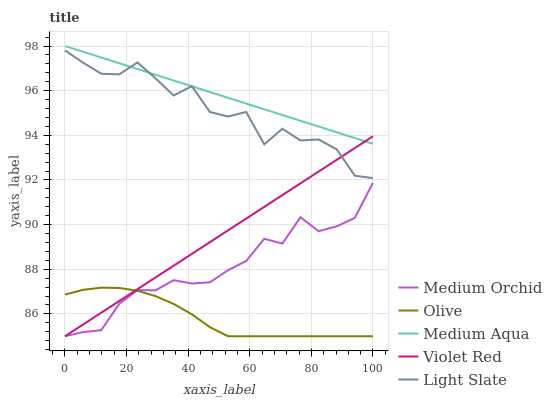
| xaxis_label | Medium Orchid | Olive | Medium Aqua | Violet Red | Light Slate |
 | --- | --- | --- | --- | --- | --- |
 | 0 | 85 | 86.9 | 98 | 85 | 97.8 |
 | 5.88 | 85.2 | 87.1 | 97.7 | 85.5 | 97.3 |
 | 11.8 | 85.3 | 87.2 | 97.5 | 86.1 | 96.8 |
 | 17.6 | 86.5 | 87.2 | 97.2 | 86.6 | 96.7 |
 | 23.5 | 87.1 | 87 | 97 | 87.1 | 97.3 |
 | 29.4 | 87.1 | 86.8 | 96.7 | 87.6 | 96.5 |
 | 35.3 | 87.5 | 86.4 | 96.5 | 88.2 | 95.8 |
 | 41.2 | 87.4 | 86 | 96.2 | 88.7 | 96.2 |
 | 47.1 | 87.4 | 85.4 | 95.9 | 89.2 | 95 |
 | 52.9 | 88 | 85 | 95.7 | 89.7 | 94.8 |
 | 58.8 | 88.4 | 85 | 95.4 | 90.3 | 95 |
 | 64.7 | 89.4 | 85 | 95.2 | 90.8 | 93.6 |
 | 70.6 | 89.2 | 85 | 94.9 | 91.3 | 94.3 |
 | 76.5 | 90.3 | 85 | 94.7 | 91.8 | 93.8 |
 | 82.4 | 89.7 | 85 | 94.4 | 92.4 | 93.8 |
 | 88.2 | 89.9 | 85 | 94.1 | 92.9 | 93.4 |
 | 94.1 | 90.3 | 85 | 93.9 | 93.4 | 92.2 |
 | 100 | 91.9 | 85 | 93.6 | 94 | 92.1 |